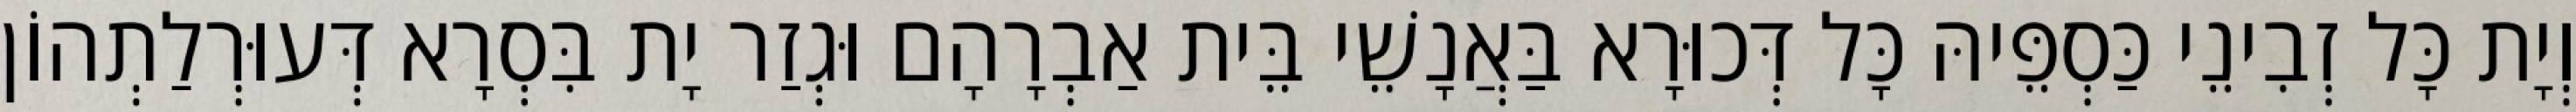
וְיָת כָּל זְבִינֵי כַּסְפֵּיהּ כָּל דְּכוּרָא בַּאֲנָשֵׁי בֵּית אַבְרָהָם וּגְזַר יָת בִּסְרָא דְּעוּרְלַתְהוֹן